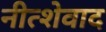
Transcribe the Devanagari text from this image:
नीत्शेवाद